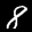
Label: 8